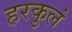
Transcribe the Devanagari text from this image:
हरकुलं